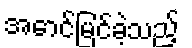
အောင်မြင်ခဲ့သည့်